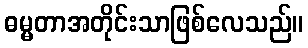
ဓမ္မတာအတိုင်းသာဖြစ်လေသည်။